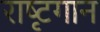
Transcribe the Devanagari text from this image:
राष्टृगान